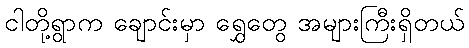
ငါတို့ရွာက ချောင်းမှာ ရွှေတွေ အများကြီးရှိတယ်